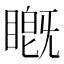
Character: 𬑦